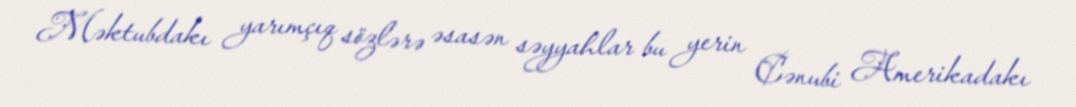
Məktubdakı yarımçıq sözlərə əsasən səyyahlar bu yerin Cənubi Amerikadakı